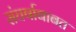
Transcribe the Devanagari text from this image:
संघर्षाबाबत